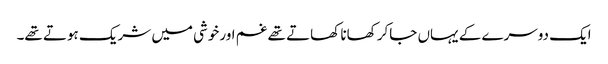
ایک دوسرے کے یہاں جاکر کھانا کھاتے تھے غم اورخوشی میں شریک ہوتے تھے۔